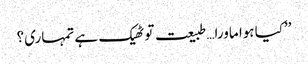
’’کیا ہوا ماورا…طبیعت تو ٹھیک ہے تمہاری؟